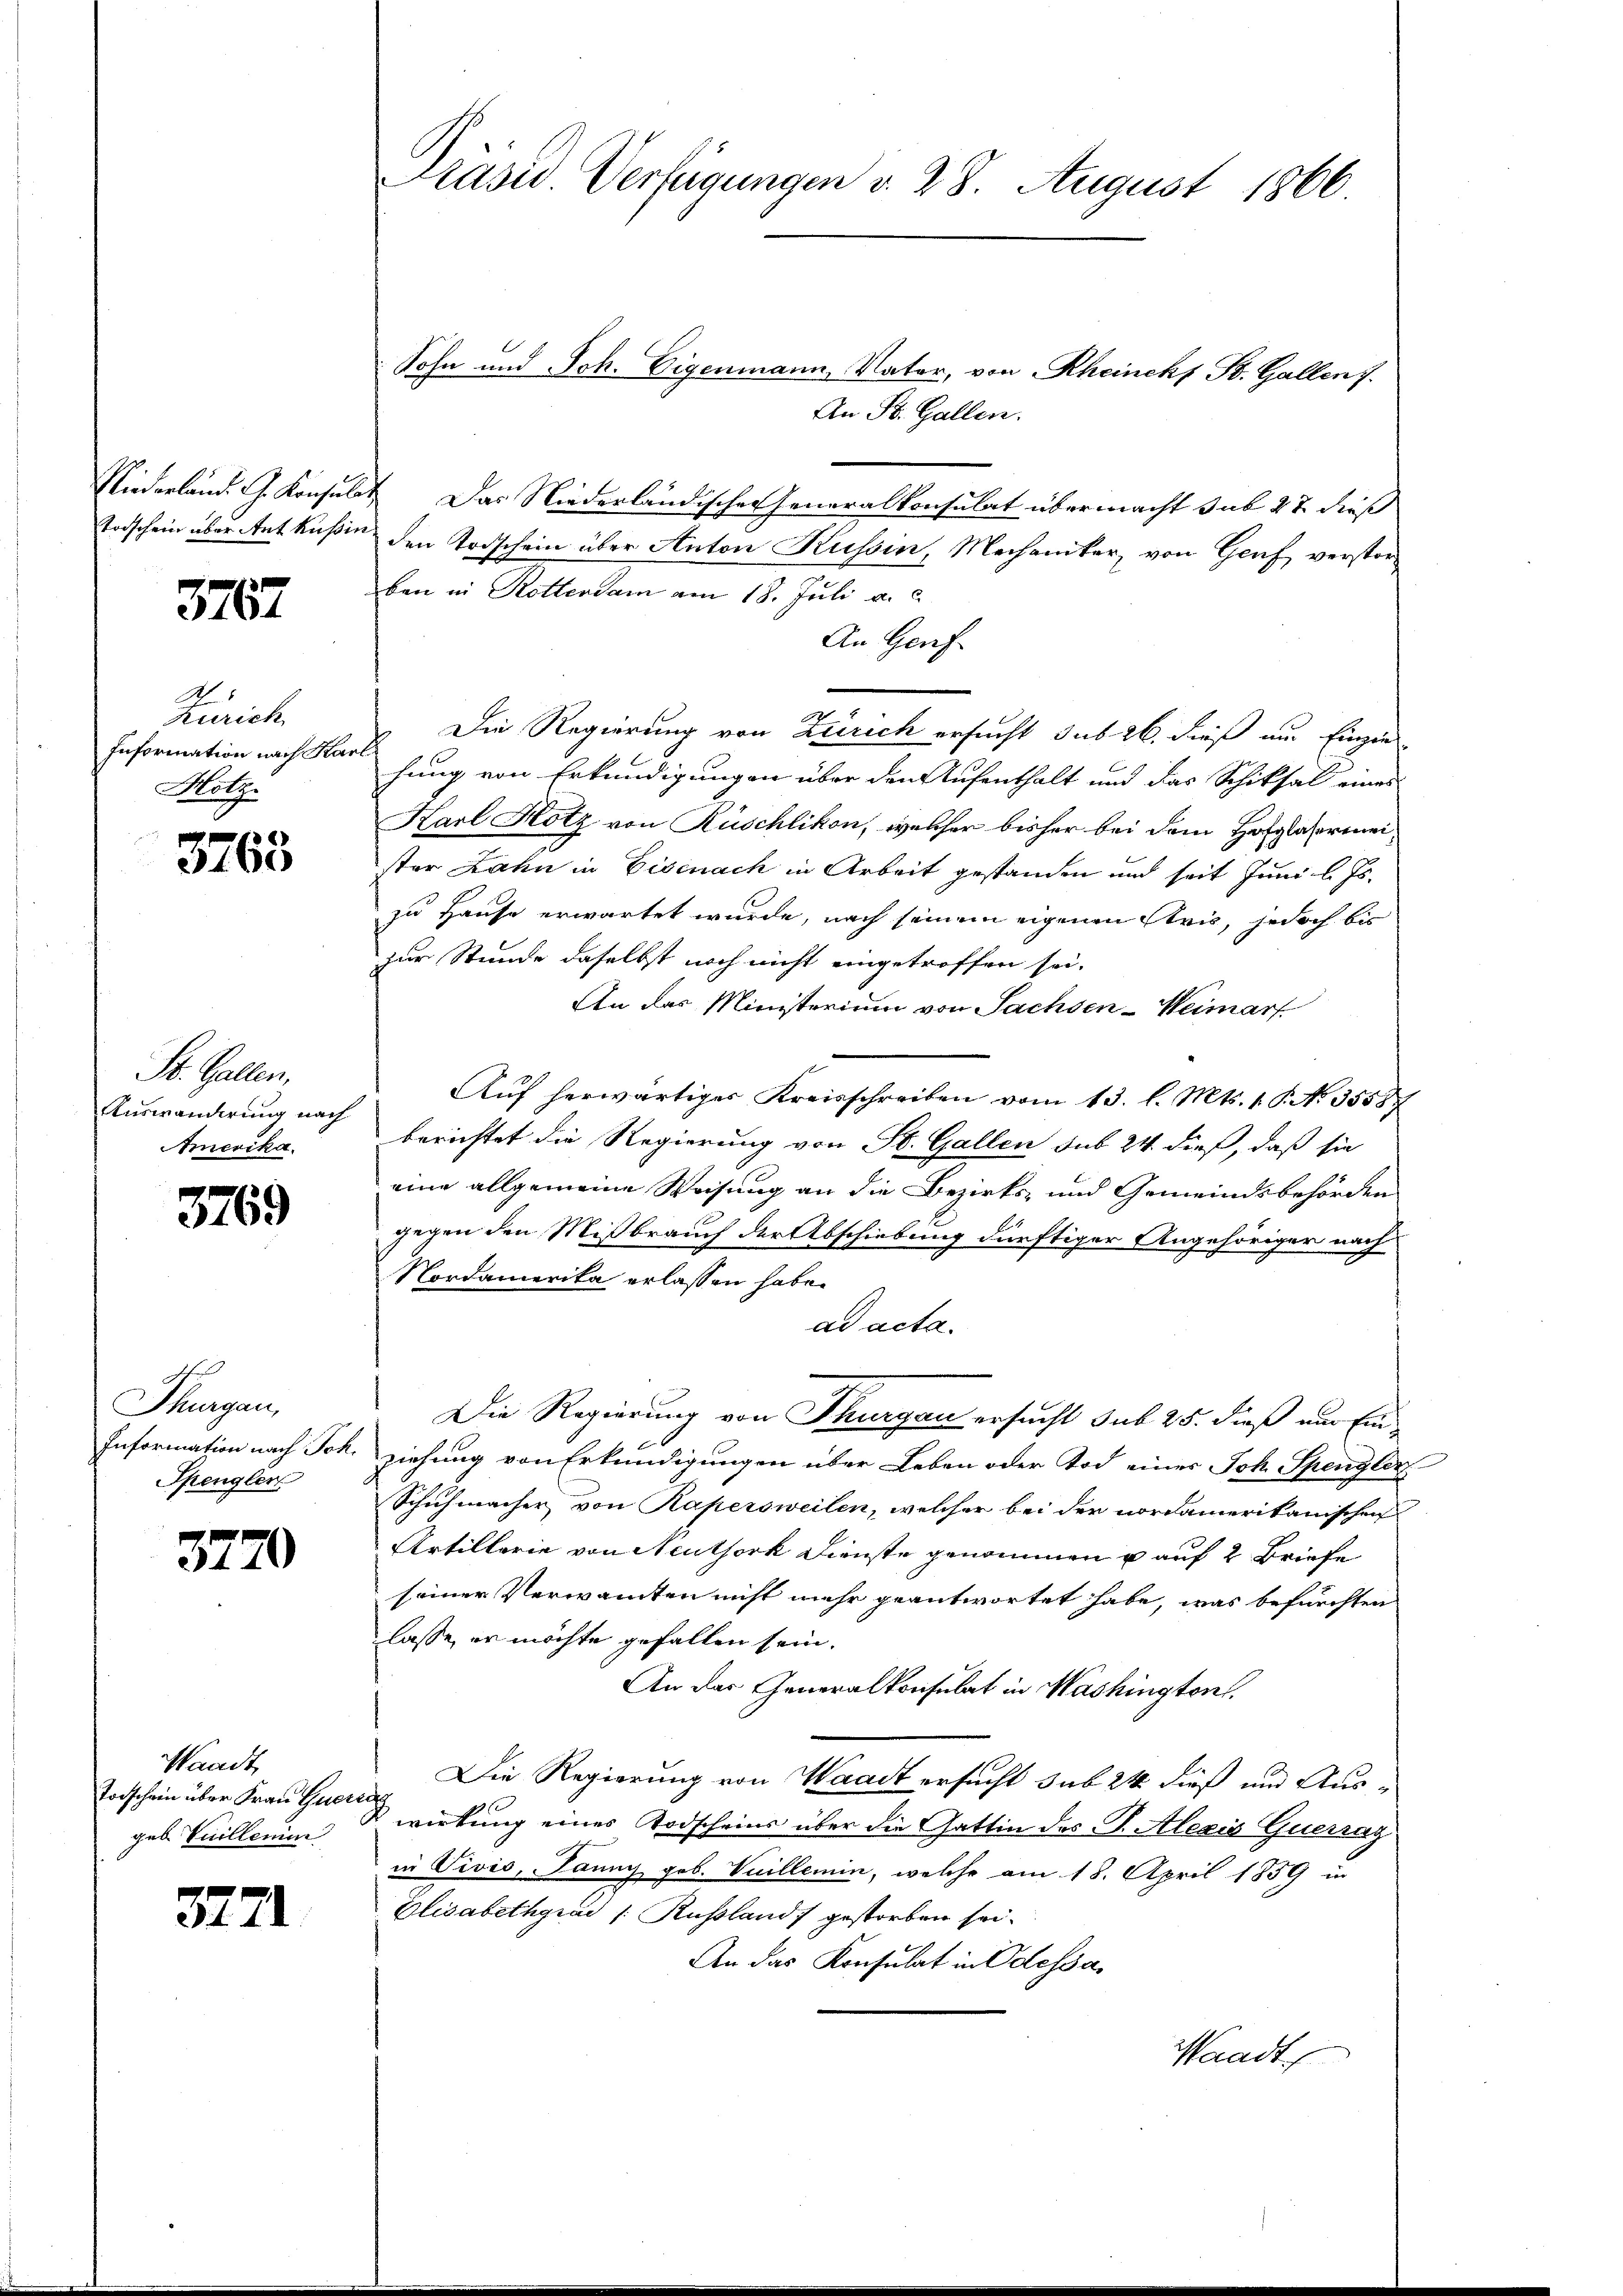
Niederland. G. Konsuls
Todschein über Ant Kussin

3767

A 5
Zürich
Information nach Kar
Hotz

3763

St. Gallen,
Auswanderung nach
Amerika.

3769

ff
Thurgau,
Information nach Joh.
Spengler

3770

Waadt
Todschein über Frau Guergeb. Tuilleni

3771

Präsid Verfügungen v. 28. August 1866

Sohn und Joh. Eigenmann Vater, von Rheines St. Gallen.
An St. Gallen.
 Das Niederländischer Generalkonsulat übermacht sub 27 dieß
den Todschein über Anton Kussin, Mechaniker, von Genf verstorben in Rottersam am 18. Juli a.c.
An Genf
Die Regierung von Zürich ersucht sub 26. dieß um Einzen
hung von Erkundigungen über den Aufenthalt und das Schiksal eines
Karl Hotz von Rüschlikon, welcher bisher bei dem Hofglasermeister Zahn in Eisenach in Arbeit gestanden und seit Juni l. Js.
zu Hause erwartet wurde, nach seinem eigenen Stris, jedoch bis
zur Stunde daselbst noch nicht eingetroffen sei.
An des Ministerium von Sachsen-Weimarf
Aŭf herwärtiges Kreisschreiben vom 13. l. Mts. 1. P. N. 35587
berichtet die Regierung von St. Gallen sub 24 dieß, daß sie
eine allgemeine Weisung an die Bezirks- und Gemeindsbehörden
gegen den Mißbrauch der Abschiebung dürftiger Angehöriger nach
Nordamerika erlassen habe.
ad acta.
Die Regierung von Thurgau ersucht sub 25. dieß nur Einziehung von Erkundigungen über Leben oder Tod eines Joh. Spengler
Schuhmacher von Kapersweilen, welcher bei der Nordamerikanischen
Artillerie von Neuthork Dienste genommen u auf 2 Briefe
seiner Verwandten nicht mehr geantwortet habe, was befürchten
lasse, er möchte gefallen sein.
An der Generalkonsulat in Washington.
Die Regierung von Waadt ersucht sub 24 dieß und Aus-
& wirkung eines Todscheins über die Gattin des G. Alexis Querraz
in Vivis, Janny gob. Vuillemin, welche am 18. April 1859 in
Elisabethgrad /: Russland gestorben sei¬
An das Konsulat in Odessa,
Waadt